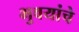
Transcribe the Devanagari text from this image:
भुवयांचे